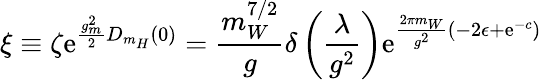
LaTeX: \xi\equiv\zeta\mathrm{e}^{\frac{g_{m}^{2}}{2}D_{m_{H}}(0)}=\frac{m_{W}^{7/2}}{g}\delta\left(\frac{\lambda}{g^{2}}\right)\mathrm{e}^{\frac{2\pi m_{W}}{g^{2}}\left(-2\epsilon+\mathrm{e}^{-c}\right)}